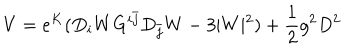
LaTeX: V = e ^ { K } ( D _ { i } W G ^ { i \bar { j } } D _ { \bar { j } } W - 3 \vert W \vert ^ { 2 } ) + { \frac { 1 } { 2 } } g ^ { 2 } D ^ { 2 }